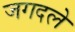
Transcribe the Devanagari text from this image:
जगदले